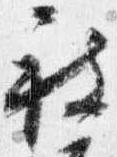
被